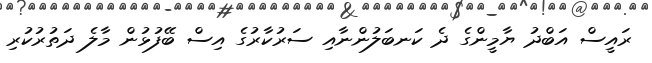
ރައީސް އަބްދު ޔާމީންގެ ދެ ކަނބަލުންނާއި ސަރުކާރުގެ އިސް ބޭފުޅުން މާލެ ދަތުރުކުރި